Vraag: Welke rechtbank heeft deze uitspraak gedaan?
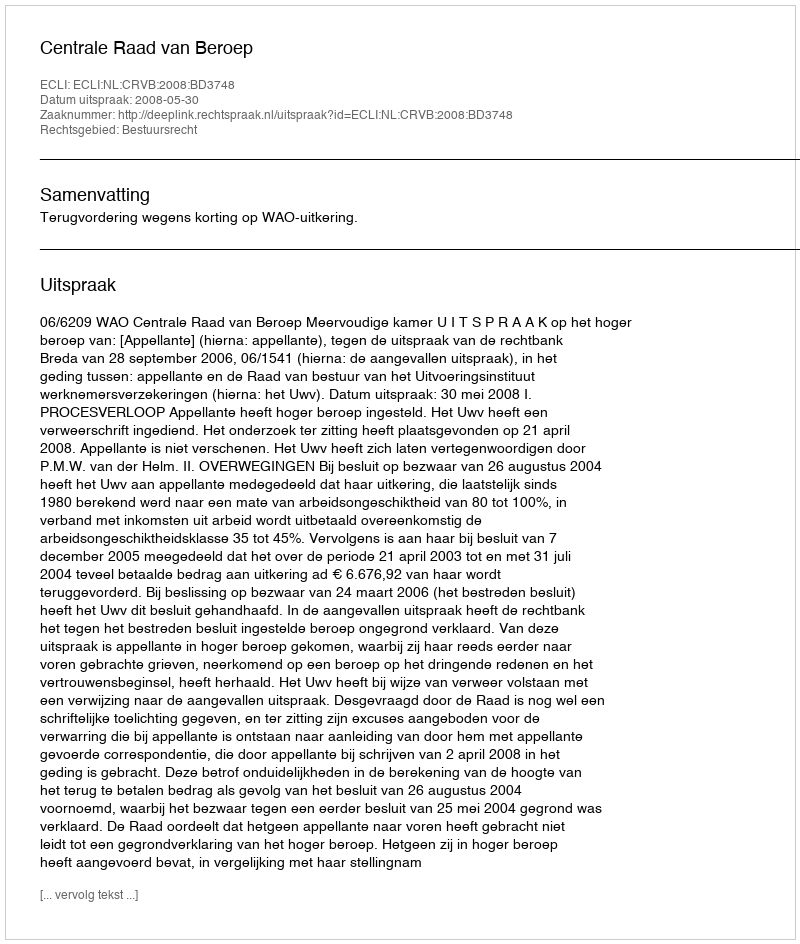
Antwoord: Centrale Raad van Beroep